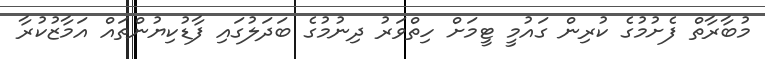
މުބާރާތް ފެށުމުގެ ކުރިން ގައުމީ ޓީމަށް ހިތްވަރު ދިނުމުގެ ބަދަލުގައި ފާޑުކިޔުންތައް އަމާޒުކުރާ